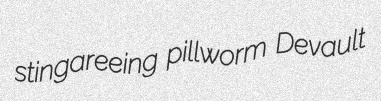
stingareeing pillworm Devault